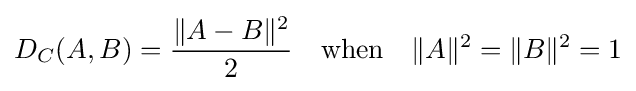
D_{C}(A,B)={\frac {\|A-B\|^{2}}{2}}\quad \mathrm {when} \quad \|A\|^{2}=\|B\|^{2}=1